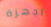
اجهزة